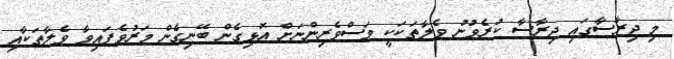
މި ދިރާސާގައި ދިރާސާ ކުރެވުނު ވެލާތަކަކީ މަސްވެރިންނަށް އޮޅިގެން ބޭނިގެން މަރުވެފައިވާ ވެލާތަކާއި